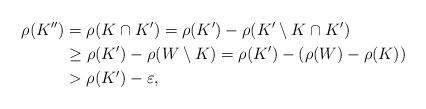
LaTeX: \begin{align*}\rho (K'') & = \rho (K\cap K') = \rho (K') - \rho (K'\setminus K\cap K')\\& \ge \rho (K') -\rho (W\setminus K) = \rho (K') -(\rho (W)-\rho (K))\\& > \rho (K') -\varepsilon, \end{align*}